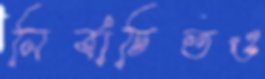
নির্বাচিতও